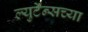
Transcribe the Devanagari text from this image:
ल्युटेन्सच्‍या